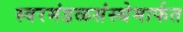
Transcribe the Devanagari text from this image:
स्वरमंडळसंस्थेमार्फत